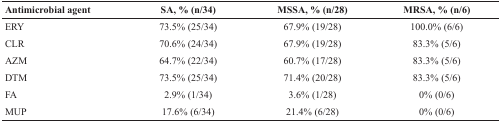
<table><thead><tr><td><b>Antimicrobial agent</b></td><td><b>SA, % (n/34)</b></td><td><b>MSSA, % (n/28)</b></td><td><b>MRSA, % (n/6)</b></td></tr></thead><tbody><tr><td>ERY</td><td>73.5% (25/34)</td><td>67.9% (19/28)</td><td>100.0% (6/6)</td></tr><tr><td>CLR</td><td>70.6% (24/34)</td><td>67.9% (19/28)</td><td>83.3% (5/6)</td></tr><tr><td>AZM</td><td>64.7% (22/34)</td><td>60.7% (17/28)</td><td>83.3% (5/6)</td></tr><tr><td>DTM</td><td>73.5% (25/34)</td><td>71.4% (20/28)</td><td>83.3% (5/6)</td></tr><tr><td>FA</td><td>2.9% (1/34)</td><td>3.6% (1/28)</td><td>0% (0/6)</td></tr><tr><td>MUP</td><td>17.6% (6/34)</td><td>21.4% (6/28)</td><td>0% (0/6)</td></tr></tbody></table>